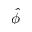
\hat { \phi }